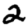
Digit: 2